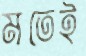
মতেই